Indian journal of veterinary science and animal husbandry - Volume 2,
Year: 1932
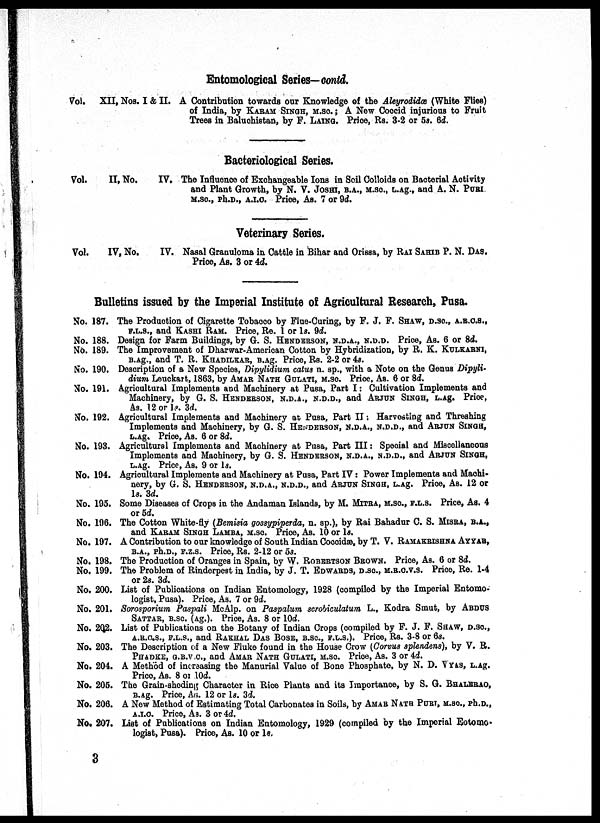
Entomological Series— contd.
Vol. XII, Nos.
I & II. A Contribution towards our Knowledge of the Aleyrodidœ (White Flies)
of India, by KARAM SINGH, M.SC. ; A New Coccid injurious to Fruit
Trees in Baluchistan, by F. LAING. Price, Rs. 3-2 or 5s. 6d.
Bacteriological Series.
Vol.
II, No.
IV. The Influence of Exchangeable Ions in Soil Colloids on Bacterial Activity
and Plant Growth, by N. V. JOSHI, B.A., M.SC., L.Ag., and A. N. PURI.
M.Sc., Ph.D., A.I.C. Price, As. 7 or 9d.
Veterinary Series.
Vol.
IV, No.
IV. Nasal Granuloma in Cattle in Bihar and Orissa, by RAI SAHIB P. N. DAS.
Price, As. 3 or 4d.
Bulletins issued by the Imperial Institute of Agricultural Research, Pusa.
No.
No.
No.
No.
No.
No.
No.
No.
No.
No.
No.
No.
No.
No.
No.
No.
No.
No.
No.
No.
No.
187.
188.
189.
190.
191.
192.
193.
194.
195.
196.
197.
198.
199.
200.
201.
202.
203.
204.
205.
206.
207.
The Production of Cigarette Tobacco by Flue-Curing, by F. J. F. SHAW, D.SC., A.R.C.S.,
F.L.S., and KASHI RAM. Price, Re. 1 or 1s. 9d.
Design for Farm Buildings, by G. S. HENDERSON, N.D.A., N.D.D. Price, As. 6 or 8d.
The Improvement of Dharwar-American Cotton by Hybridization, by R. K. KULKARNI,
B.Ag., and T. R. KHADILKAR, B.Ag. Price, Rs. 2-2 or 4s.
Description of a New Species, Dipylidium catus n. sp., with a Note on the Genus Dipyli-
dium Leuckart, 1863, by AMAR NATH GULATI, M.SC. Price, As. 6 or 8d.
Agricultural Implements and Machinery at Pusa, Part I: Cultivation Implements and
Machinery, by G. S. HENDERSON, N.D.A., N.D.D., and ARJUN SINGH, L.Ag. Price,
As. 12 or 1s 3d.
Agricultural Implements and Machinery at Pusa, Part II: Harvesting and Threshing
Implements and Machinery, by G. S. HENDERSON, N.D.A., N.D.D., and ARJUN SINGH,
L.Ag. Price, As. 6 or 8d.
Agricultural Implements and Machinery at Pusa, Part III: Special and Miscellaneous
Implements and Machinery, by G. S. HENDERSON, N.D.A., N.D.D., and ARJUN SINGH,
L.Ag. Price, As. 9 or ls.
Agricultural Implements and Machinery at Pusa, Part IV: Power Implements and Machi-
nery, by G. S. HENDERSON, N.D.A., N.D.D., and ARJUN SINGH, L.Ag. Price, As. 12 or
1s. 3d.
Some Diseases of Crops in the Andaman Islands, by M, MITRA, M.SC., F.L.S Price, As, 4
or 5d.
The Cotton White-fly (Bemisia gossypiperda, n. sp.), by Rai Bahadur C. S. MISRA, B.A.,
and KARAM SINGH LAMBA, M.SC. Price, As. 10 or ls.
A Contribution to our knowledge of South Indian Coccidæ, by T. V. RAMAKRISHNA AYYAR,
B.A., Ph.D., F.Z.S. Price, Rs. 2-12 or 5s.
The Production of Oranges in Spain, by W. ROBERTSON BROWN. Price, As. 6 or 8d.
The Problem of Rinderpest in India, by J. T. EDWARDS, D.SC., M.B.C.V.S. Price, Re. 1-4
or 2s. 3d.
List of Publications on Indian Entomology, 1928 (compiled by the Imperial Entomo-
logist, Pusa). Price, As. 7 or 9d.
Sorosporium Paspali McAlp. on Paspalum scrobiculatum L., Kodra Smut, by ABDUS
SATTAR, B.SC. (Ag.). Price, As. 8 or 10d.
List of Publications on the Botany of Indian Crops (compiled by F. J. F. SHAW, D.SC.,
A.R.C.S., F.L.S., and RAKHAL DAS BOSE, B.SC., F.L.S.). Price, Rs. 3-8 or 6s.
The Description of a New Fluke found in the House Crow (Corvus splendens), by V. R.
PHADKE, G.B.V.C., and AMAR NATH GULATI, M.SC. Price, As. 3 or 4d.
A Method of increasing the Manurial Value of Bone Phosphate, by N. D. VYAS, L.Ag.
Price, As. 8 or 10d.
The Grain-sheding Character in Rice Plants and its Importance, by S. G. BHALERAO,
B.Ag. Price, As. 12 or 1s. 3d.
A New Method of Estimating Total Carbonates in Soils, by AMAR NATH PURI, M.SC., Ph.D.,
A.I.C. Price, As. 3 or 4d.
List of Publications on Indian Entomology, 1929 (compiled by the Imperial Eotomo-
logist, Pusa). Price, As. 10 or 1s.
3